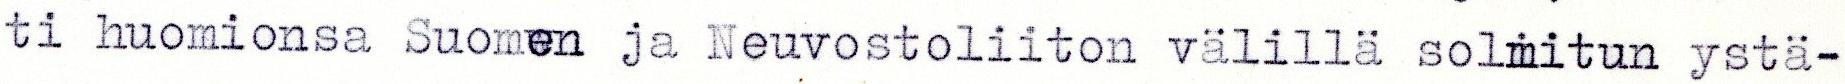
ti huomionsa Suomen ja Neuvostoliiton välilla solmitun ystä-